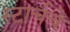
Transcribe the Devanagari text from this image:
स्टार्चचे